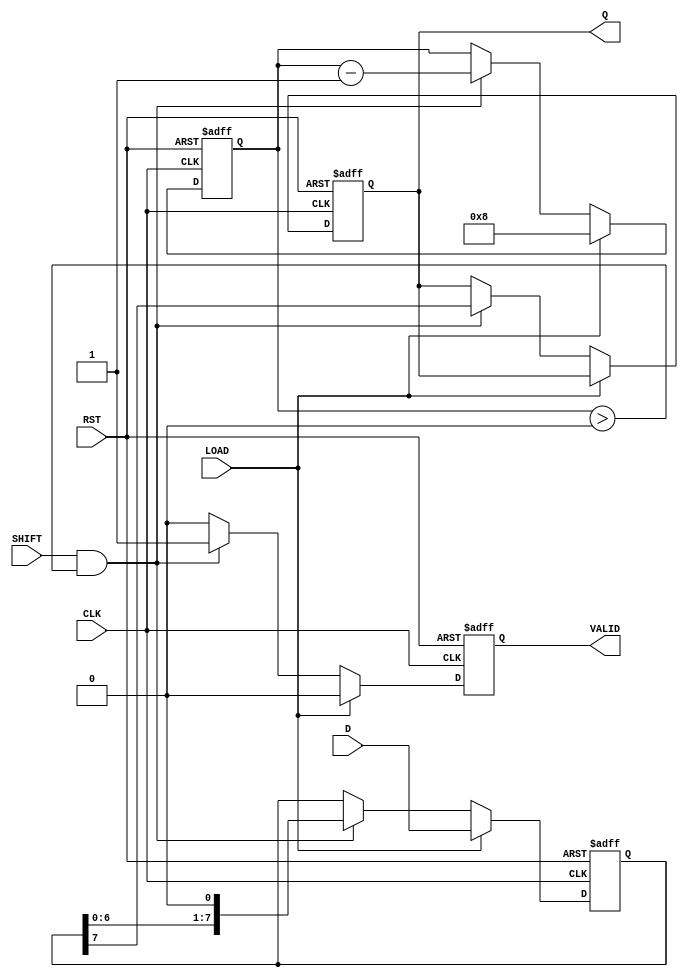
module PISO_Register #(
    parameter WIDTH = 8  // Width of the data input
)(
    input wire [WIDTH-1:0] D,     // Parallel data input
    input wire LOAD,               // Load control signal
    input wire SHIFT,              // Shift control signal
    input wire CLK,                // Clock signal
    input wire RST,                // Asynchronous reset signal
    output reg Q,                  // Serial output
    output reg VALID               // Data valid signal
);

    reg [WIDTH-1:0] shift_reg;     // Storage register
    reg [3:0] bit_count;            // Counter for shifted bits

    // Asynchronous reset
    always @(posedge CLK or posedge RST) begin
        if (RST) begin
            shift_reg <= 0;         // Clear the register
            Q <= 0;                 // Clear the output
            VALID <= 0;             // Clear the valid signal
            bit_count <= 0;         // Reset bit counter
        end else begin
            if (LOAD) begin
                shift_reg <= D;     // Load data into the register
                bit_count <= WIDTH; // Set bit count to WIDTH
                VALID <= 0;         // Reset VALID signal
            end else if (SHIFT && bit_count > 0) begin
                Q <= shift_reg[WIDTH-1]; // Output the MSB
                shift_reg <= {shift_reg[WIDTH-2:0], 1'b0}; // Shift left
                bit_count <= bit_count - 1; // Decrement bit count
                VALID <= 1;         // Set VALID signal
            end else begin
                VALID <= 0;         // Reset VALID signal if not shifting
            end
        end
    end

endmodule